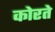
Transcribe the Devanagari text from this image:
कोरते